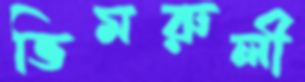
ভিমরুলী